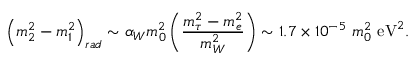
\left( m _ { 2 } ^ { 2 } - m _ { 1 } ^ { 2 } \right) _ { r a d } \sim \alpha _ { W } m _ { 0 } ^ { 2 } \left( { \frac { m _ { \tau } ^ { 2 } - m _ { e } ^ { 2 } } { m _ { W } ^ { 2 } } } \right) \sim 1 . 7 \times 1 0 ^ { - 5 } ~ m _ { 0 } ^ { 2 } ~ \mathrm { e V } ^ { 2 } .